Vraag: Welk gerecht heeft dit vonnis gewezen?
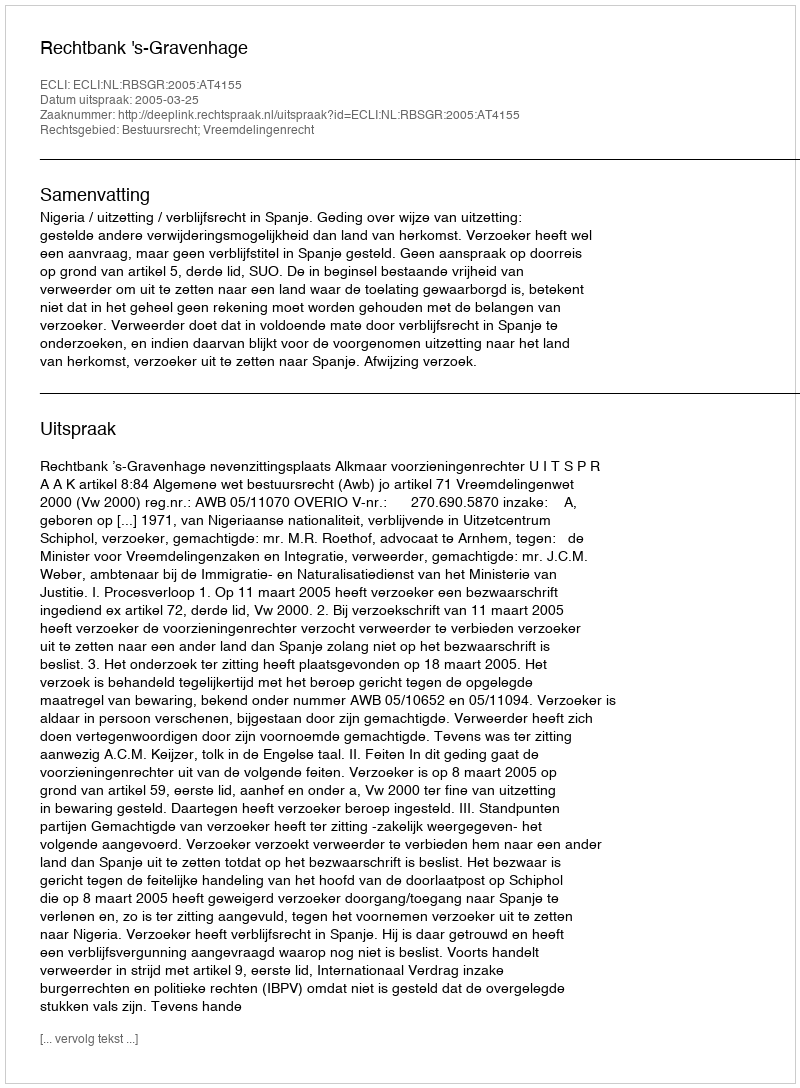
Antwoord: Rechtbank 's-Gravenhage